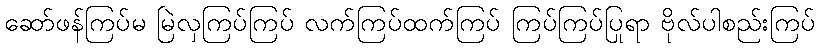
ဆော်ဖန်ကြပ်မ မြဲလှကြပ်ကြပ် လက်ကြပ်ထက်ကြပ် ကြပ်ကြပ်ပြုရာ ဗိုလ်ပါစည်းကြပ်